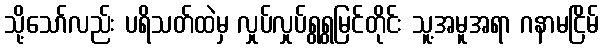
သို့သော်လည်း ပရိသတ်ထဲမှ လှုပ်လှုပ်ရွရွမြင်တိုင်း သူ့အမူအရာ ဂနာမငြိမ်